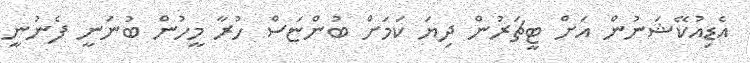
އެޑިއުކޭޝަނުން އަށް ޓީޗަރުން ދިޔަ ކަމަށް ބުންޏަސް ހުރާ މީހުން ބުނަނީ ފެނުނީ